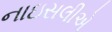
નાઇસલીએ